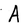
Character: A